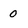
Character: 0